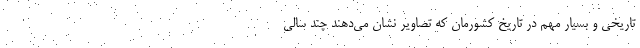
تاریخی و بسیار مهم در تاریخ کشورمان که تصاویر نشان می‌دهند چند سالی